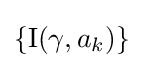
\{\operatorname {I} (\gamma ,a_{k})\}